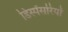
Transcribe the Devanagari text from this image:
डिस्पेंसरियों